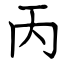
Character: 丙